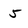
Character: 5